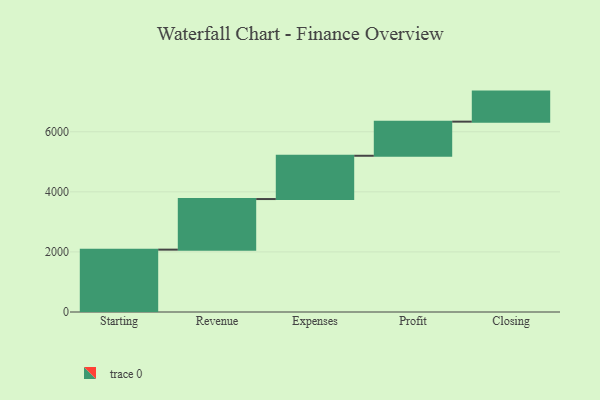
{"axis": {"x": "Step", "y": "Value"}, "legend": [""], "data": [{"x": "Starting", "y": 2076.0, "type": ""}, {"x": "Revenue", "y": 1684.0, "type": ""}, {"x": "Expenses", "y": 1441.0, "type": ""}, {"x": "Profit", "y": 1136.0, "type": ""}, {"x": "Closing", "y": 1000, "type": ""}]}